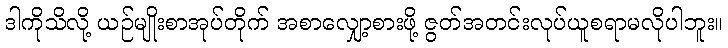
ဒါကိုသိလို့ ယဉ်မျိုးစာအုပ်တိုက် အစာလျှော့စားဖို့ ဇွတ်အတင်းလုပ်ယူစရာမလိုပါဘူး။